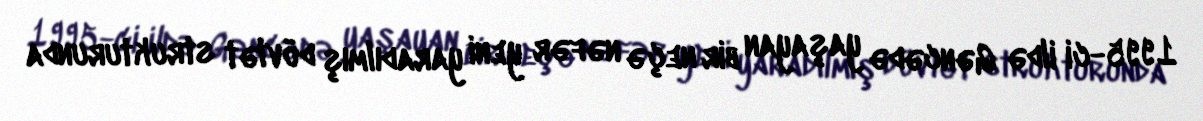
1995-ci ildə Gəncədə yaşayan bir neçə nəfər yeni yaradılmış dövlət strukturunda